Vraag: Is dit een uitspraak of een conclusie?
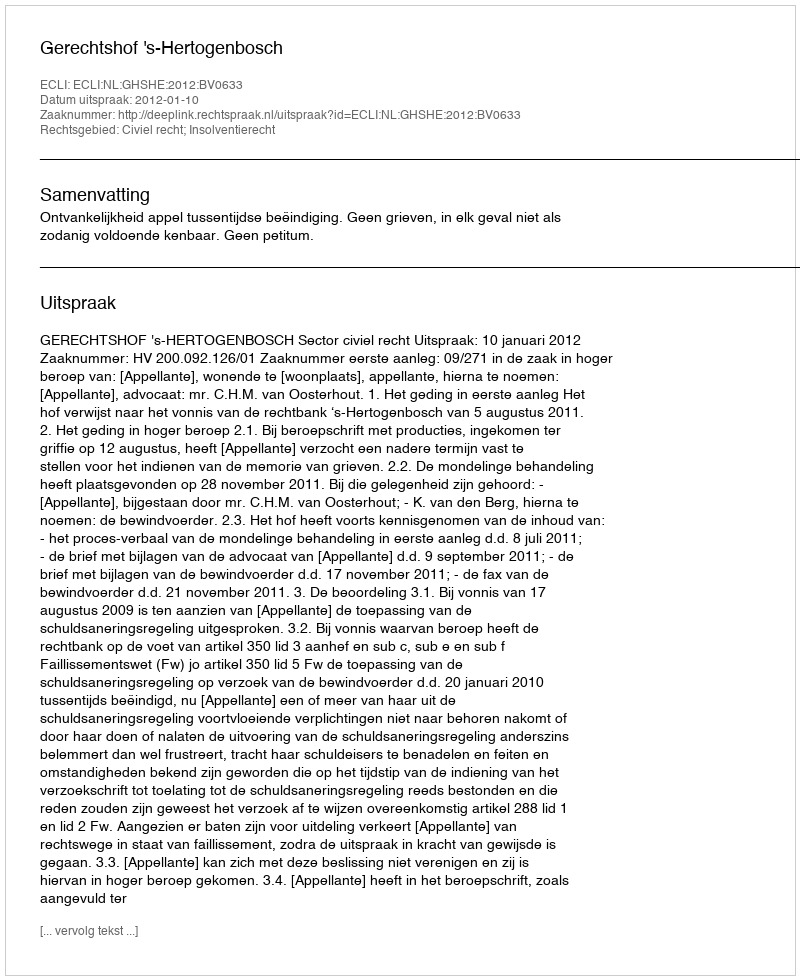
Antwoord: Uitspraak